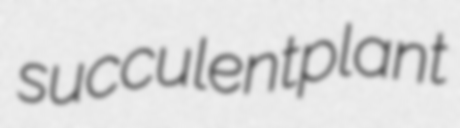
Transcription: succulent plant